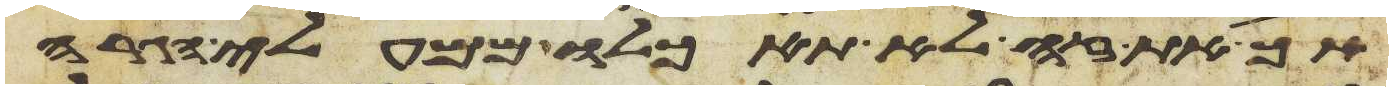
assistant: אך את זה לא תאכלו ממעלי הגרה